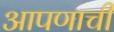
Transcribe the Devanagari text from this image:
आपणाची